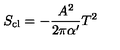
S _ { \mathrm { c l } } = - \frac { A ^ { 2 } } { 2 \pi \alpha ^ { \prime } } T ^ { 2 }